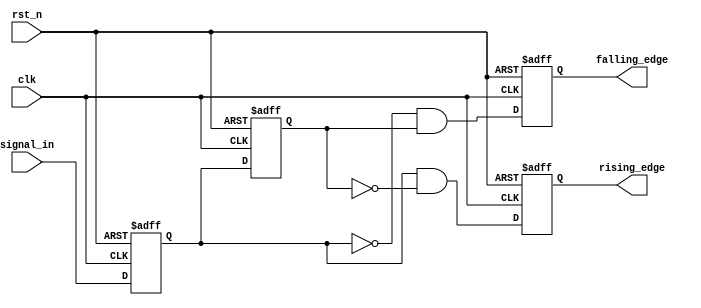
module glitch_free_edge_detector (
    input wire clk,               // Clock signal
    input wire rst_n,             // Active low reset
    input wire signal_in,         // Input signal to be monitored
    output reg rising_edge,       // Output signal for rising edge detection
    output reg falling_edge       // Output signal for falling edge detection
);

    // Memory blocks to store current and previous states
    reg signal_current;           // Current state of the input signal
    reg signal_previous;          // Previous state of the input signal

    // Sequential logic to update the memory blocks
    always @(posedge clk or negedge rst_n) begin
        if (!rst_n) begin
            signal_current <= 1'b0; // Reset current state
            signal_previous <= 1'b0; // Reset previous state
            rising_edge <= 1'b0;     // Reset rising edge output
            falling_edge <= 1'b0;    // Reset falling edge output
        end else begin
            // Update previous state with current state
            signal_previous <= signal_current; 
            // Latch the current input signal
            signal_current <= signal_in; 

            // Edge detection logic
            rising_edge <= (signal_current && !signal_previous); // Rising edge detected
            falling_edge <= (!signal_current && signal_previous); // Falling edge detected
        end
    end

endmodule